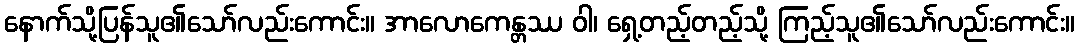
နောက်သို့ပြန်သူ၏သော်လည်းကောင်း။ အာလောကေန္တဿ ဝါ၊ ရှေ့တည့်တည့်သို့ ကြည့်သူ၏သော်လည်းကောင်း။